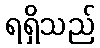
ရရှိသည်